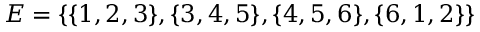
E = \{ \{ 1 , 2 , 3 \} , \{ 3 , 4 , 5 \} , \{ 4 , 5 , 6 \} , \{ 6 , 1 , 2 \} \}